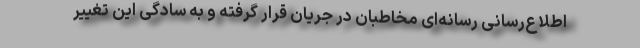
اطلاع‌رسانی رسانه‌ای مخاطبان در جریان قرار گرفته و به سادگی این تغییر